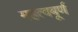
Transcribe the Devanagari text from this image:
महत्वबूर्ण